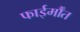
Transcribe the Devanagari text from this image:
फाईर्मौंत